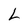
Character: L